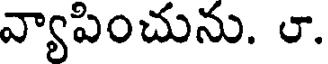
వ్యాపించును. ౮.